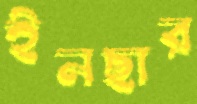
ইনছার